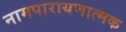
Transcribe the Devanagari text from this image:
नामपारायणात्मक